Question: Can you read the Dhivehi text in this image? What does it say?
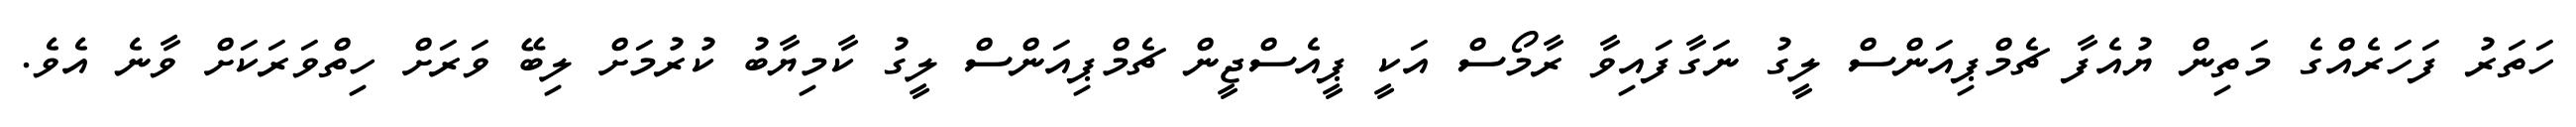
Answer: ހަތަރު ފަހަރެއްގެ މަތިން ޔުއެފާ ޗެމްޕިއަންސް ލީގު ނަގާފައިވާ ރާމޯސް އަކީ ޕީއެސްޖީން ޗެމްޕިއަންސް ލީގު ކާމިޔާބު ކުރުމަށް ލިބޭ ވަރަށް ހިތްވަރަކަށް ވާނެ އެވެ.